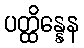
ပတ္ထိန္နေန